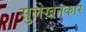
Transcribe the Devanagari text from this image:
सुलेखनकार